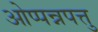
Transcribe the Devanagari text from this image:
ओप्पन्नपत्तु